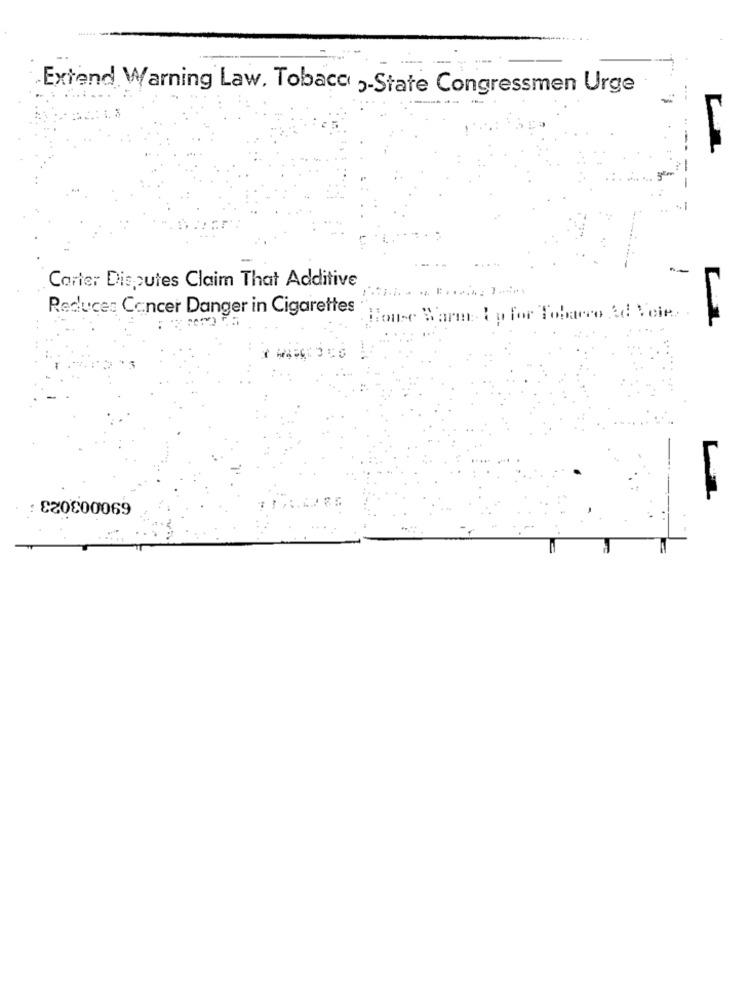
Extend Warning Law, Tobacc -State Congressmen Urge
--
Carter Disputes Claim That Additive
Reduce: Cancer Danger in Cigarettes
House Warm & p for Tobacco Ad Voir. .
690003023 ;